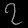
Digit: ၇